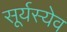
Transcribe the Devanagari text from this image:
सूर्यस्येव